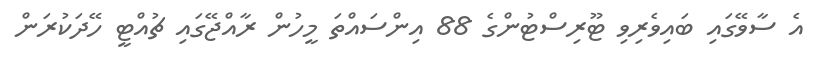
އެ ސާވޭގައި ބައިވެރިވި ޓޫރިސްޓުންގެ 88 އިންސައްތަ މީހުން ރާއްޖޭގައި ޗުއްޓީ ހޭދަކުރަން